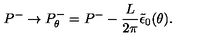
P ^ { - } \rightarrow P _ { \theta } ^ { - } = P ^ { - } - { \frac { L } { 2 \pi } } \tilde { \epsilon } _ { 0 } ( \theta ) .